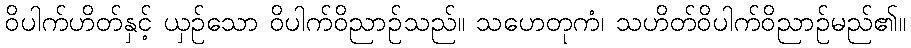
ဝိပါက်ဟိတ်နှင့် ယှဉ်သော ဝိပါက်ဝိညာဉ်သည်။ သဟေတုကံ၊ သဟိတ်ဝိပါက်ဝိညာဉ်မည်၏။